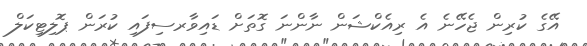
އޭގެ ކުރިން ޖެހޭނެ އެ ރިއެކްޝަން ނާންނަ ގޮތަށް ޑައިވާރސިފައި ކުރަން ޕޮލިޓިކަލް